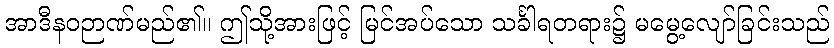
အာဒီနဝဉာဏ်မည်၏။ ဤသို့အားဖြင့် မြင်အပ်သော သင်္ခါရတရား၌ မမွေ့လျော်ခြင်းသည်